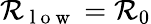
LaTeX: \mathcal{R}_{\mathrm{~l~o~w~}}=\mathcal{R}_{0}